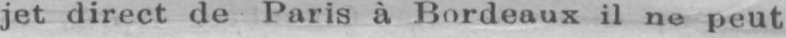
jet direct de Paris à Bordeaux il ne peut